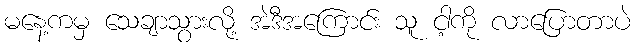
မနေ့ကမှ သေချာသွားလို့ အဲဒီအကြောင်း သူ ငါ့ကို လာပြောတာပဲ